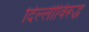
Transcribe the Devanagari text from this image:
दिल्लीविरूद्ध